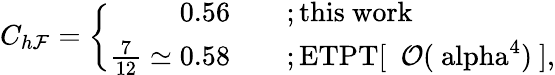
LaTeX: C_{h\mathcal{F}}=\left\{ \begin{array}{rl}{{0.56\quad}}&{{;\mathrm{this~work}}}\\ {{\frac{7}{12}\simeq 0.58\quad}}&{{;\mathrm{ETPT[~{\cal~O}(\ alpha^{4})~]},}}\end{array}\right.